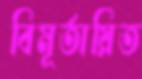
বিমূর্তায়িত